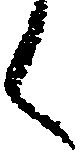
く